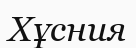
Хұсния